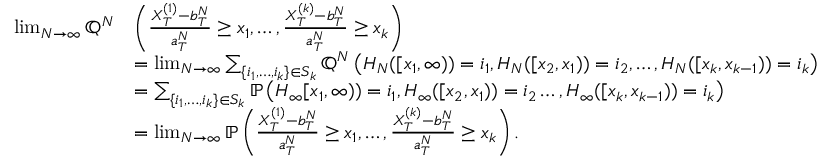
\begin{array} { r l } { \operatorname* { l i m } _ { N \to \infty } \mathbb { \mathbb Q } ^ { N } } & { \left( \frac { X _ { T } ^ { ( 1 ) } - b _ { T } ^ { N } } { a _ { T } ^ { N } } \geq x _ { 1 } , \ldots , \frac { X _ { T } ^ { ( k ) } - b _ { T } ^ { N } } { a _ { T } ^ { N } } \geq x _ { k } \right) } \\ & { = \operatorname* { l i m } _ { N \to \infty } \sum _ { \{ i _ { 1 } , \ldots , i _ { k } \} \in S _ { k } } { \mathbb Q } ^ { N } \left( H _ { N } ( [ x _ { 1 } , \infty ) ) = i _ { 1 } , H _ { N } ( [ x _ { 2 } , x _ { 1 } ) ) = i _ { 2 } , \ldots , H _ { N } ( [ x _ { k } , x _ { k - 1 } ) ) = i _ { k } \right) } \\ & { = \sum _ { \{ i _ { 1 } , \ldots , i _ { k } \} \in S _ { k } } { \mathbb P } \left( H _ { \infty } [ x _ { 1 } , \infty ) ) = i _ { 1 } , H _ { \infty } ( [ x _ { 2 } , x _ { 1 } ) ) = i _ { 2 } \ldots , H _ { \infty } ( [ x _ { k } , x _ { k - 1 } ) ) = i _ { k } \right) } \\ & { = \operatorname* { l i m } _ { N \to \infty } { \mathbb P } \left( \frac { X _ { T } ^ { ( 1 ) } - b _ { T } ^ { N } } { a _ { T } ^ { N } } \geq x _ { 1 } , \ldots , \frac { X _ { T } ^ { ( k ) } - b _ { T } ^ { N } } { a _ { T } ^ { N } } \geq x _ { k } \right) . } \end{array}